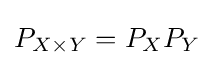
P_{X\times Y}=P_{X}P_{Y}